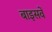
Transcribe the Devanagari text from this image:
बाइसवें